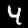
Label: 4